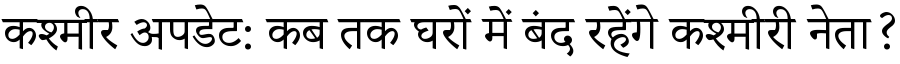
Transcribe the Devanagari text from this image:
कश्मीर अपडेट: कब तक घरों में बंद रहेंगे कश्मीरी नेता?